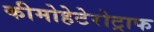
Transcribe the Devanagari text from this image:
कीमोहेटेरोट्राफ